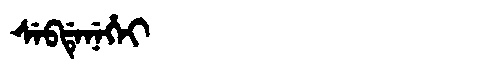
Manchu: ᠰᡝᠪᡩᡝᠨᡝᡥᡝᡳ
Romanization: SEBDENEHEI